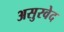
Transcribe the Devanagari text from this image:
असुरवेद